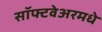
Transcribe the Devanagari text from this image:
सॉफ्टवेअरमधे